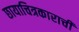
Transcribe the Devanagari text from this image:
छायाचित्रकाराची